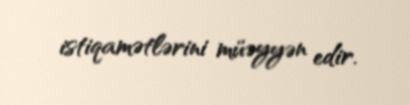
istiqamətlərini müəyyən edir.